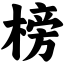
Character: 榜